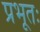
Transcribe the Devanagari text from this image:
प्रभूतः